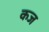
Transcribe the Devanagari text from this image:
कज